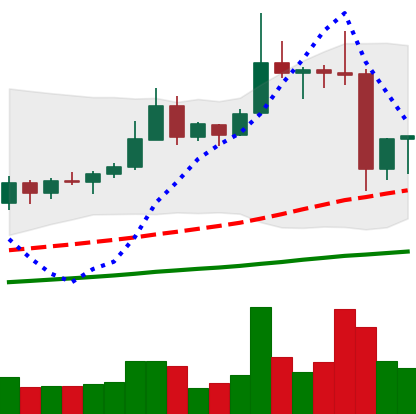
Ticker: XRP-USD
Chart end date: 2019-06-29
Forward return: -9.469%
Label: down_7plus